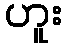
ဟူး